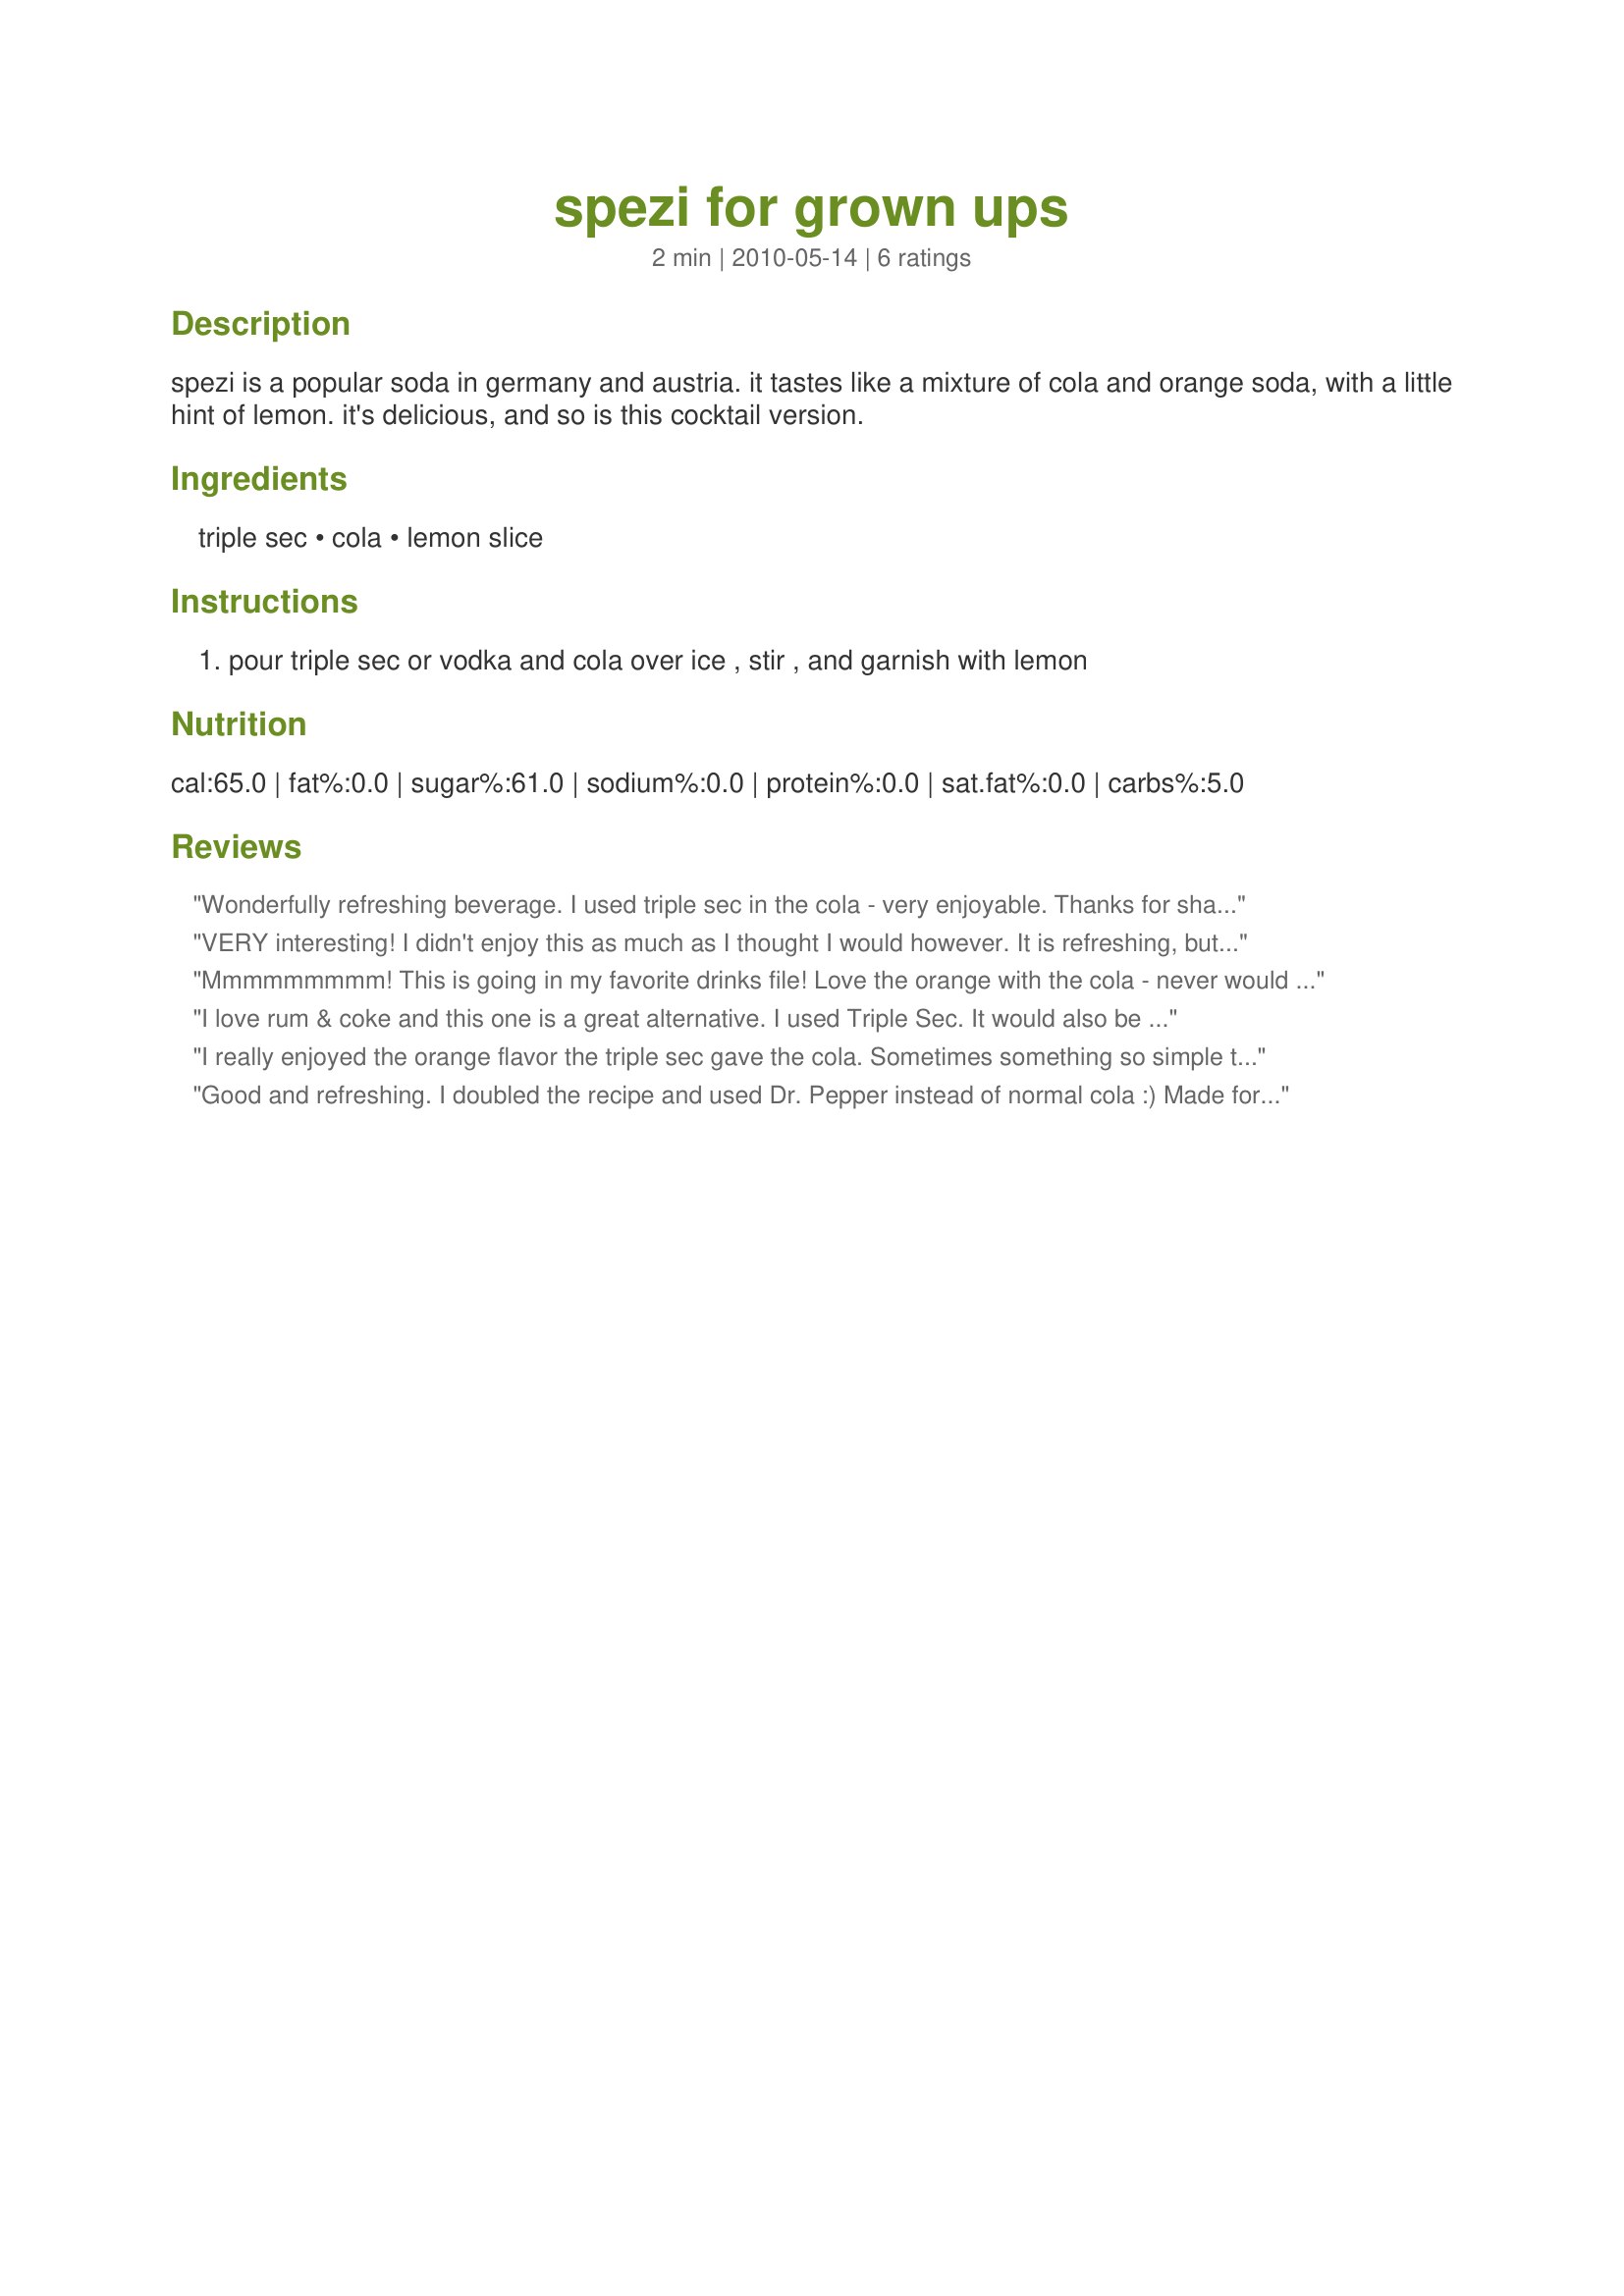
spezi for grown ups
Preparation time: 2 minutes

spezi is a popular soda in germany and austria. it tastes like a mixture of cola and orange soda, with a little hint of lemon. it's delicious, and so is this cocktail version.

Ingredients:
triple sec, cola, lemon slice

Steps:
pour triple sec or vodka and cola over ice , stir , and garnish with lemon

Reviews:
Wonderfully refreshing beverage. I used triple sec in the cola - very enjoyable. Thanks for sharing! ZWT6
VERY interesting! I didn't enjoy this as much as I thought I would however. It is refreshing, but I don't think I could drink more than one before tiring of it.
Mmmmmmmmm! This is going in my favorite drinks file! Love the orange with the cola - never would have thought of the combo. I used Coca-Cola and triple sec. It would be easy to get very drunk, very fast drinking these LOL they go down so smooth :) Thanks for sharing EmmyDuckie!
I love rum & coke and this one is a great alternative. I used Triple Sec. It would also be a perfect treat with Grand Marnier. After I took the photo, I put the lemon slice in it. I enjoyed it and then made one for DH. Thanks Emmy :) Made for the Zwizzle Chicks of ZWT
I really enjoyed the orange flavor the triple sec gave the cola. Sometimes something so simple to make is a surprisingly pleasant surprise. I never would have thought to put triple sec with cola. Thanks Emmy!!! Made for a Seasoned Sailor and his Sassy Sirens - ZWT6
Good and refreshing. I doubled the recipe and used Dr. Pepper instead of normal cola :) Made for ZWT6.
